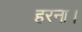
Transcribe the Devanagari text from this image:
हरना।